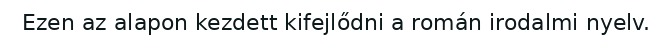
Ezen az alapon kezdett kifejlődni a román irodalmi nyelv.